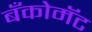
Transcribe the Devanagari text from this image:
बँकोमॅट